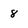
Character: 8